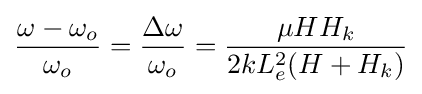
{\frac {\omega -\omega _{o}}{\omega _{o}}}={\frac {\Delta \omega }{\omega _{o}}}={\frac {\mu HH_{k}}{2kL_{e}^{2}(H+H_{k})}}